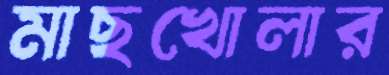
মাছখোলার